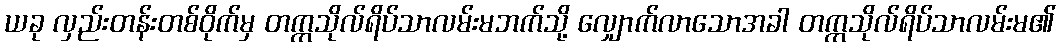
ယခု လှည်းတန်းတစ်ဝိုက်မှ တက္ကသိုလ်ရိပ်သာလမ်းမဘက်သို့ လျှောက်လာသောအခါ တက္ကသိုလ်ရိပ်သာလမ်းမ၏